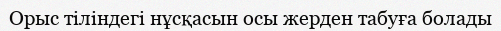
Орыс тіліндегі нұсқасын осы жерден табуға болады